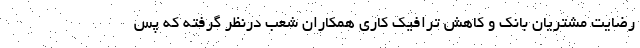
رضایت مشتریان بانک و کاهش ترافیک کاری همکاران شعب درنظر گرفته که پس